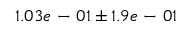
1 . 0 3 e \mathrm { ~ - ~ } 0 1 \pm 1 . 9 e \mathrm { ~ - ~ } 0 1